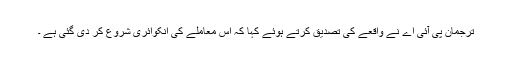
ترجمان پی آئی اے نے واقعے کی تصدیق کرتے ہوئے کہا کہ اس معاملے کی انکوائری شروع کر دی گئی ہے ۔